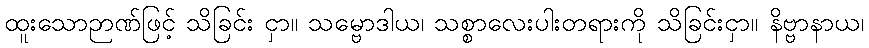
ထူးသောဉာဏ်ဖြင့် သိခြင်း ငှာ။ သမ္ဗောဒါယ၊ သစ္စာလေးပါးတရားကို သိခြင်းငှာ။ နိဗ္ဗာနာယ၊